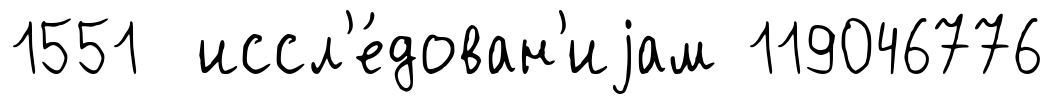
1551 иссл'е́дован'иjам 119046776